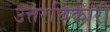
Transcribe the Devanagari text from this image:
उत्तरघिकारी